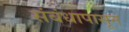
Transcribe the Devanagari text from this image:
संबंधापासून